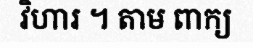
វិហារ ។ តាម ពាក្យ